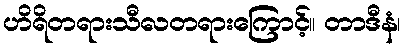
ဟိရိတရားသီလတရားကြောင့်။ တာဒီနံ၊